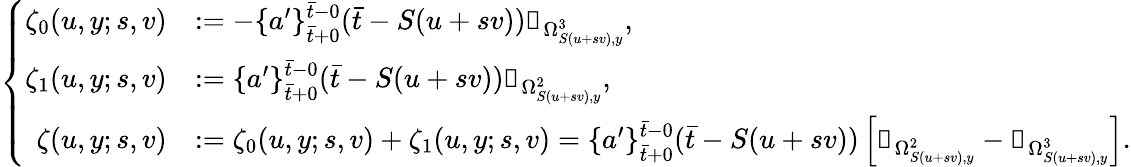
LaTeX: \left\{ \begin{array}{rl}{\zeta_{0}(u,y;s,v)}&{:=-\{ a^{\prime}\} _{\bar{t}+0}^{\bar{t}-0}(\bar{t}-S(u+sv))\mathbb{1}_{\Omega_{S(u+sv),y}^{3}},}\\ {\zeta_{1}(u,y;s,v)}&{:=\{ a^{\prime}\} _{\bar{t}+0}^{\bar{t}-0}(\bar{t}-S(u+sv))\mathbb{1}_{\Omega_{S(u+sv),y}^{2}},}\\ {\zeta(u,y;s,v)}&{:=\zeta_{0}(u,y;s,v)+\zeta_{1}(u,y;s,v)=\{ a^{\prime}\} _{\bar{t}+0}^{\bar{t}-0}(\bar{t}-S(u+sv))\left[\mathbb{1}_{\Omega_{S(u+sv),y}^{2}}-\mathbb{1}_{\Omega_{S(u+sv),y}^{3}}\right].}\end{array}\right.